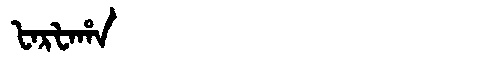
Manchu: ᡶᠠᡵᡶᠠᡥᠠ
Romanization: FARFAHA